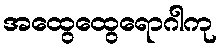
အထွေထွေရောဂါကု